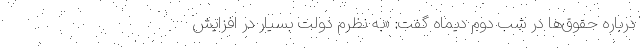
درباره حقوق‌ها در شب دوم دیماه گفت: «به نظرم دولت بسیار در افزایش